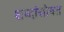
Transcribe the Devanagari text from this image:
शब्दांसोबत